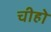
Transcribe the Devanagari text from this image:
चीहो